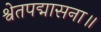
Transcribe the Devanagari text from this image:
श्वेतपद्मासना॥